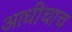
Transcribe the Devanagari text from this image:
आधीचाच